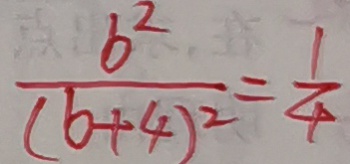
\frac { b ^ { 2 } } { ( b + 4 ) ^ { 2 } } = \frac { 1 } { 4 }